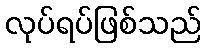
လုပ်ရပ်ဖြစ်သည်